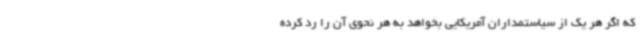
که اگر هر یک از سیاستمداران آمریکایی بخواهد به هر نحوی آن را رد کرده